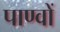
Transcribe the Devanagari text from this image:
पाण्वों